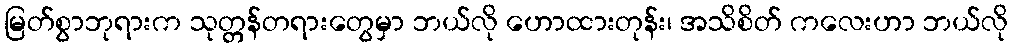
မြတ်စွာဘုရားက သုတ္တန်တရားတွေမှာ ဘယ်လို ဟောထားတုန်း၊ အသိစိတ် ကလေးဟာ ဘယ်လို